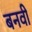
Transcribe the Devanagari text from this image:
बनवी